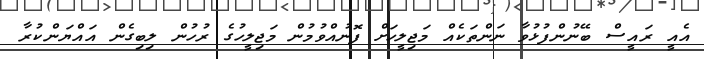
އެއީ ރައީސް ބޭނުންފުޅުވާ ނަންތަކެއް މަޖިލީހަށް ފޮނުއްވުމުން މަޖިލީހުގެ ރުހުން ލިބިގެން އައްޔަންކުރާ